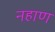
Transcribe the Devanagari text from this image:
नहाण